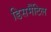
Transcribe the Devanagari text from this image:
डिसमैंटिल